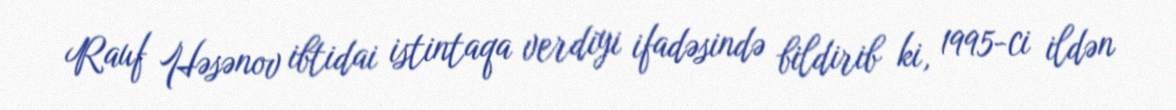
Rauf Həsənov ibtidai istintaqa verdiyi ifadəsində bildirib ki, 1995-ci ildən